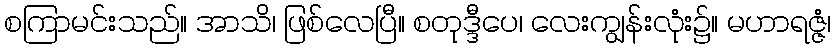
စကြာမင်းသည်။ အာသိ၊ ဖြစ်လေပြီ။ စတုဒ္ဒီပေ၊ လေးကျွန်းလုံး၌။ မဟာရဇ္ဇံ၊